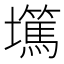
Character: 𡓞